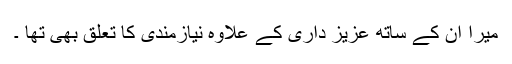
میرا ان کے ساتھ عزیز داری کے علاوہ نیازمندی کا تعلق بھی تھا ۔